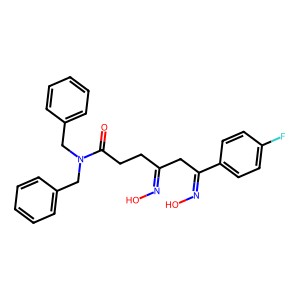
SMILES: O=C(CCC(CC(=NO)c1ccc(F)cc1)=NO)N(Cc1ccccc1)Cc1ccccc1
Inhibits HIV replication: No